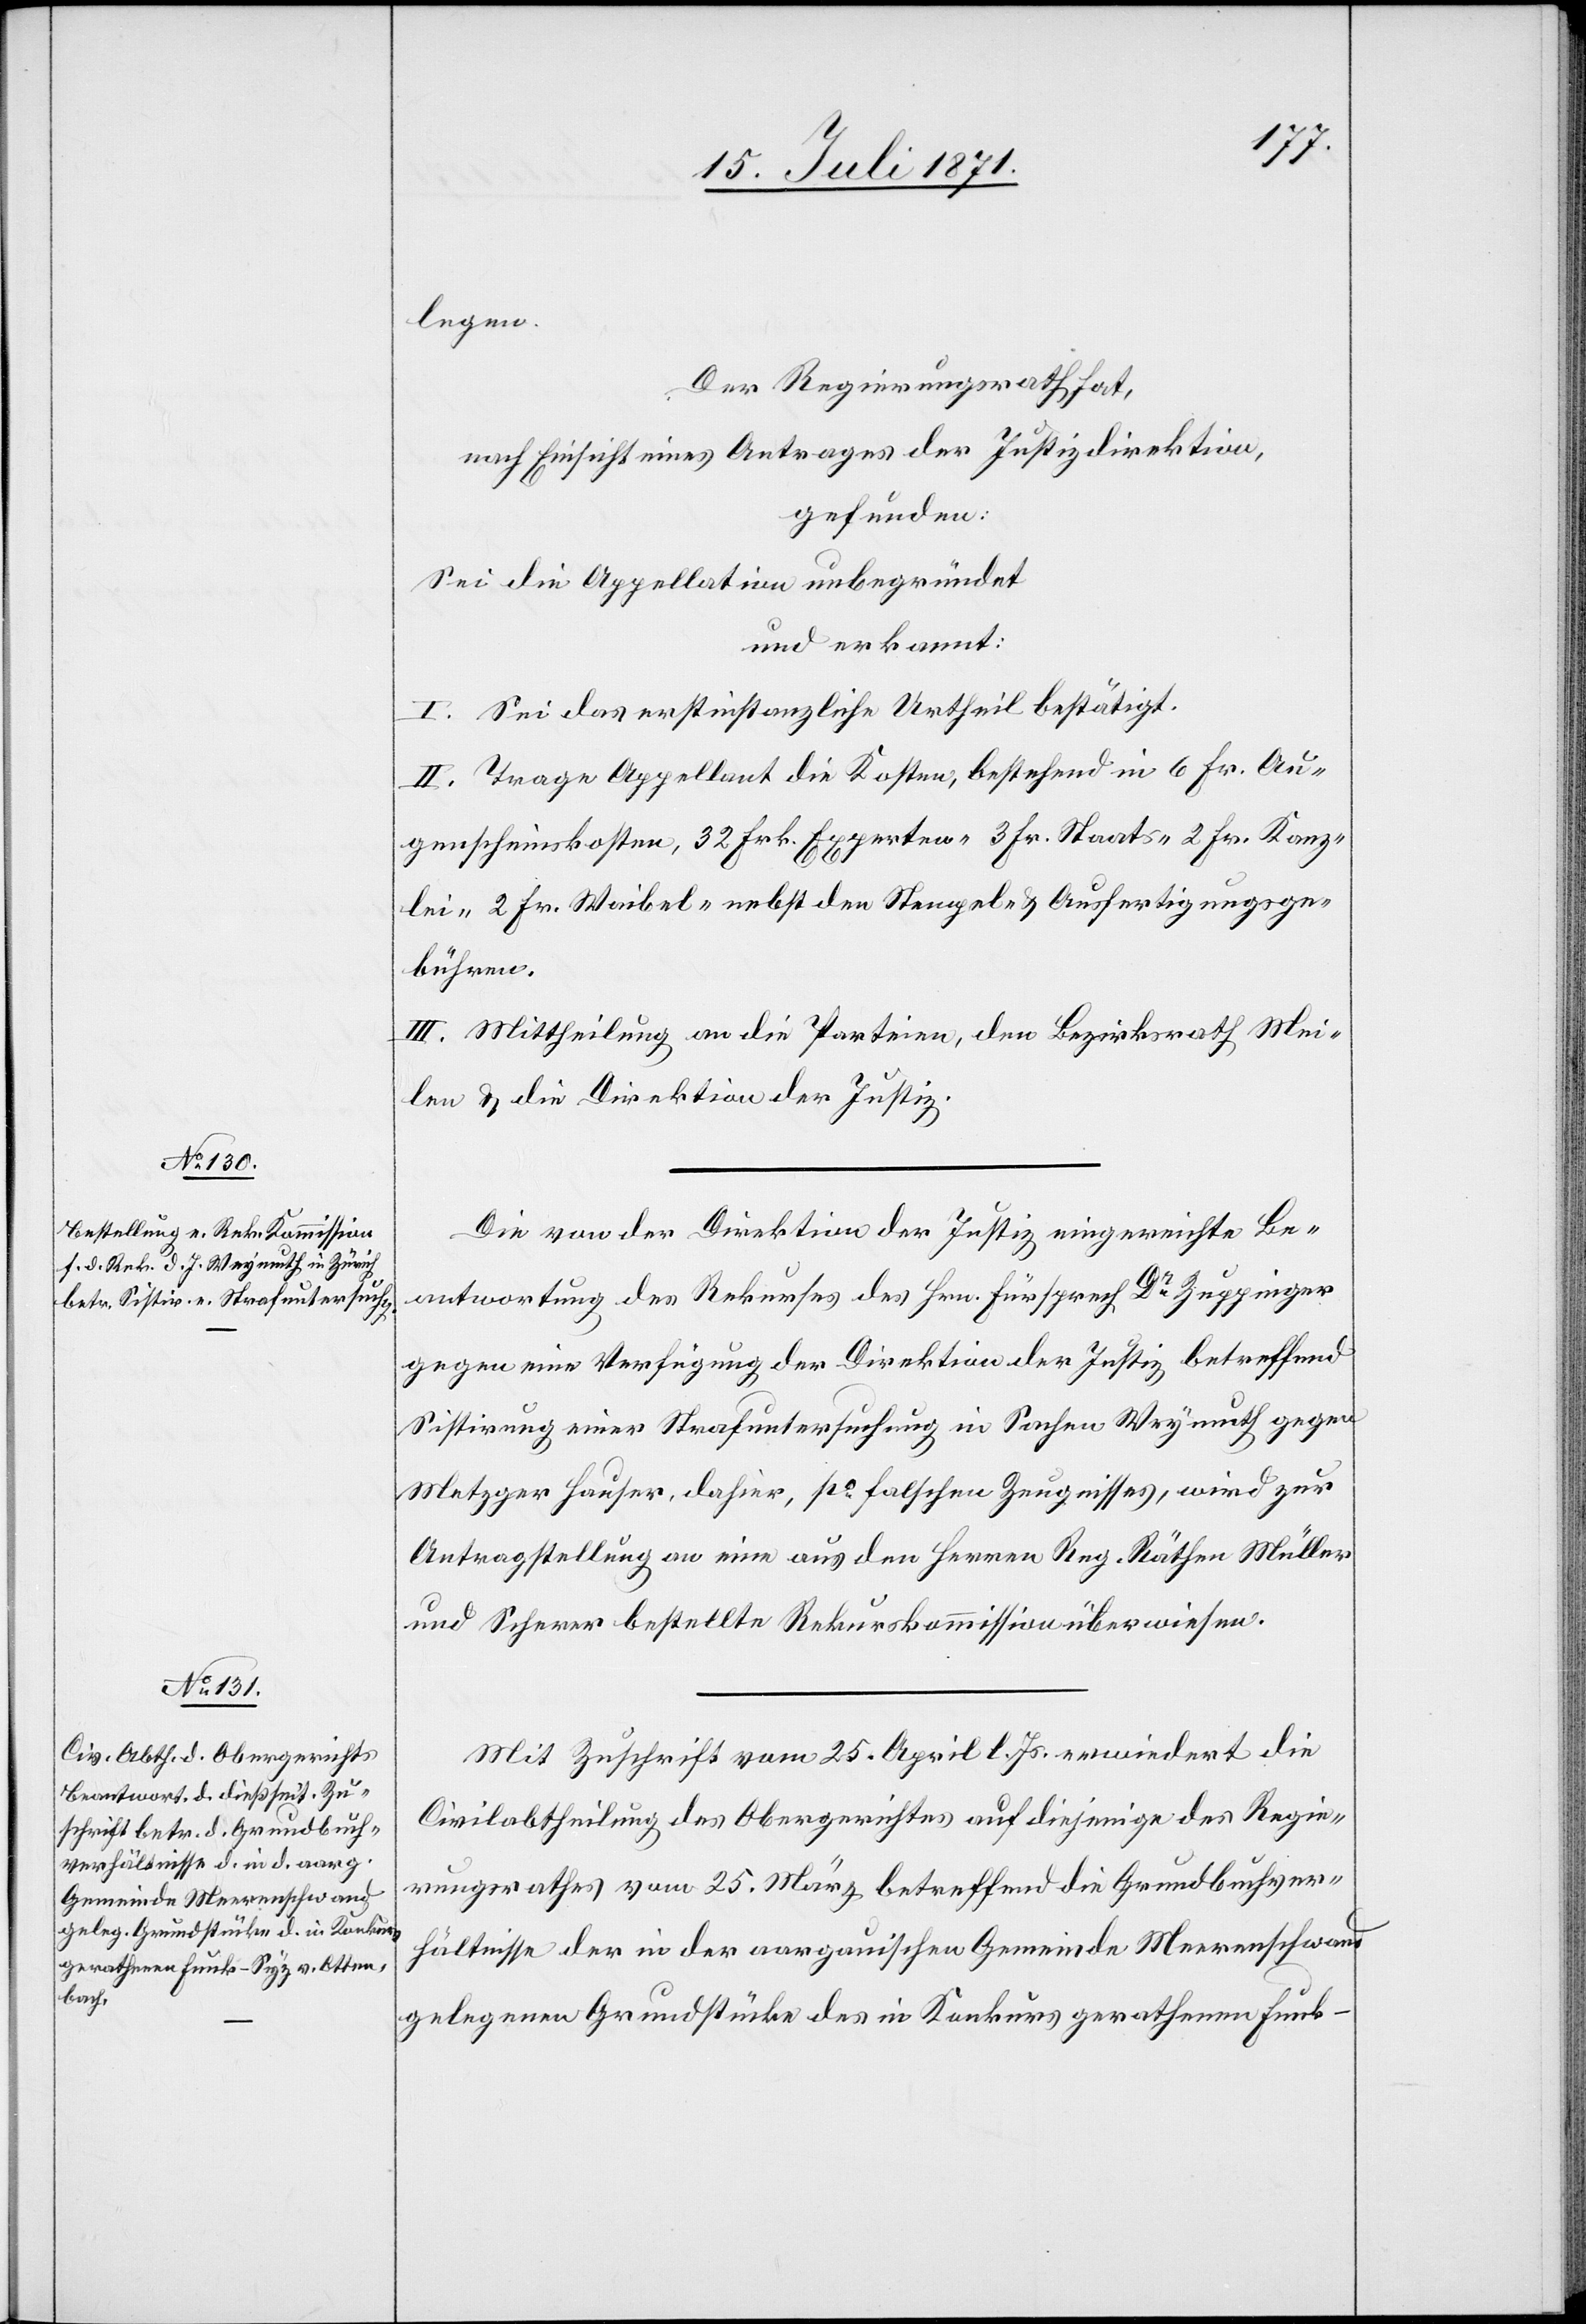
legen.
Der Regierungsrath hat,
nach Einsicht eines Antrages der Justizdirektion,
gefunden:
Sei die Appellation unbegründet
und erkannt:
I. Sei das erstinstanzliche Urtheil bestätigt.
II. Trage Appellant die Kosten, bestehend in 6 Fr. Au¬
genscheinskosten, 32 Frk. Experten- 3 Fr. Staats- 2 Fr. Kanz¬
lei- 2 Fr. Waibel- nebst den Stempeln u. Ausfertigungsge¬
bühren.
III. Mittheilung an die Parteien, den Bezirksrath Mei¬
len u. die Direktion der Justiz.
Die von der Direktion der Justiz eingereichte Be¬
antwortung des Rekurses des Hrn. Fürsprech Dr. Zuppinger
gegen eine Verfügung der Direktion der Justiz betreffend
Sistirung einer Strafuntersuchung in Sachen Weymuth gegen
Metzger Hauser, dahier, po. falschen Zeugnisses, wird zur
Antragstellung an eine aus den Herren Reg. Räthen Müller
und Scherer bestellte Rekurskommission überwiesen.
Mit Zuschrift vom 25. April l. Js. erwiedert die
Civilabtheilung des Obergerichtes auf diejenige des Regie¬
rungsrathes vom 25. März betreffend die Grundbuchver¬
hältnisse der in der aargauischen Gemeinde Meerenschwand
gelegenen Grundstücke des in Konkurs gerathenen Funk-